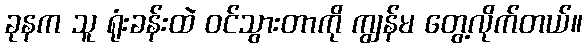
ခုနက သူ ရုံးခန်းထဲ ဝင်သွားတာကို ကျွန်မ တွေ့လိုက်တယ်။